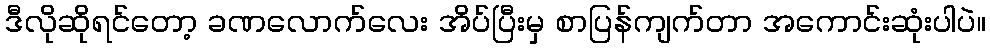
ဒီလိုဆိုရင်တော့ ခဏလောက်လေး အိပ်ပြီးမှ စာပြန်ကျက်တာ အကောင်းဆုံးပါပဲ။